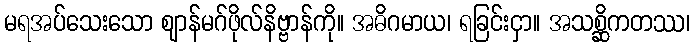
မရအပ်သေးသော ဈာန်မဂ်ဖိုလ်နိဗ္ဗာန်ကို။ အဓိဂမာယ၊ ရခြင်းငှာ။ အသစ္ဆိကတဿ၊